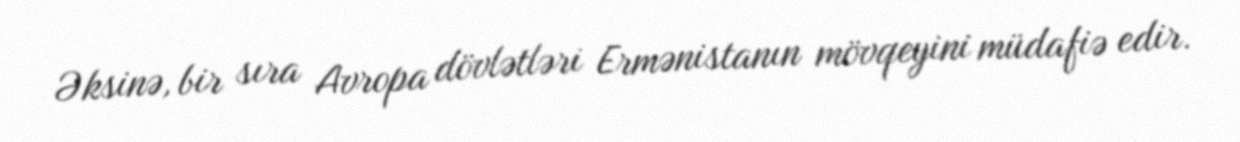
Əksinə, bir sıra Avropa dövlətləri Ermənistanın mövqeyini müdafiə edir.